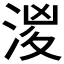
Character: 𣶧